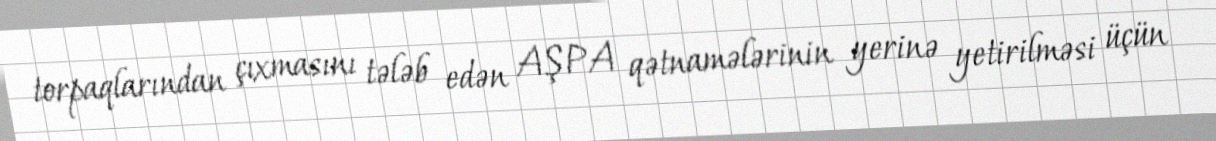
torpaqlarından çıxmasını tələb edən AŞPA qətnamələrinin yerinə yetirilməsi üçün